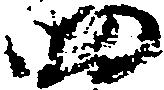
四